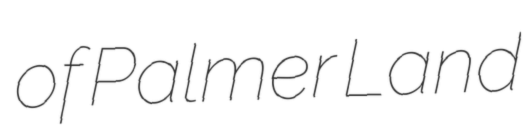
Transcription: of Palmer Land